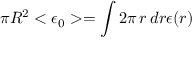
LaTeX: \pi R ^ { 2 } < \epsilon _ { 0 } > = \int 2 \pi \, r \, d r \epsilon ( r )